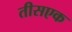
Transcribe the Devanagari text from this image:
तीसएक